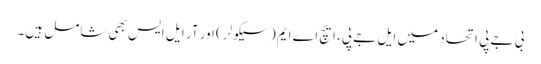
بی جے پی اتحاد میں ایل جے پی، ایچ اے ایم (سیکولر) اور آر ایل ایس بھی شامل ہیں۔